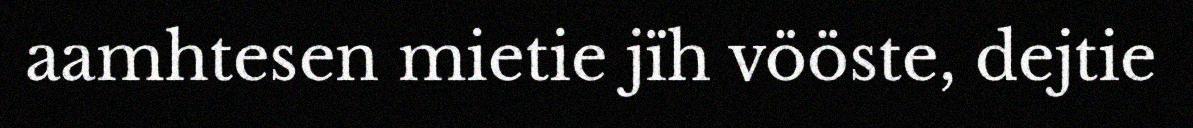
aamhtesen mietie jïh vööste, dejtie